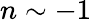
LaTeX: n\sim-1